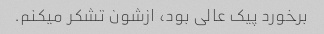
برخورد پیک عالی بود، ازشون تشکر میکنم.